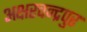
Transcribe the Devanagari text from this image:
अक्षरचन्द्रपुर